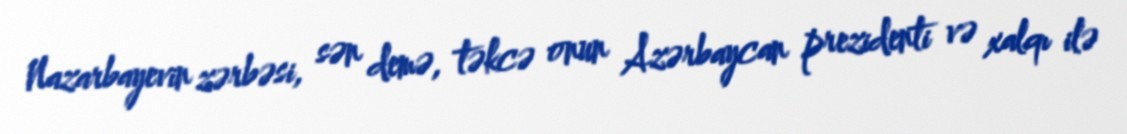
Nazarbayevin zərbəsi, sən demə, təkcə onun Azərbaycan prezidenti və xalqı ilə